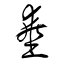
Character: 埀